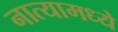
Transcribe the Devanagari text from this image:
नात्यामध्ये